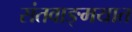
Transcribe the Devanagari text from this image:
संतवाङ्मयात